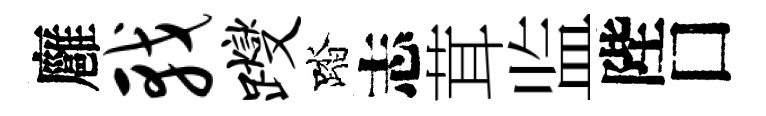
廱戟躞踏志茸监陛□